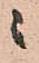
ニ